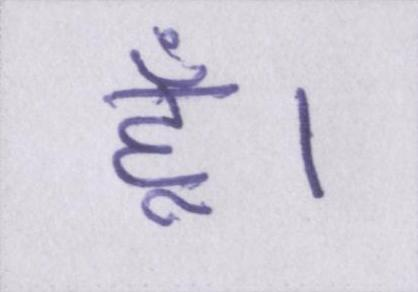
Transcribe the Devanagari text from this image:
हूँ।